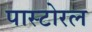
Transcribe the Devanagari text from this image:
पास्टोरल